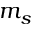
m _ { s }